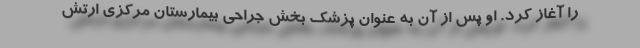
را آغاز کرد. او پس از آن به عنوان پزشک بخش جراحی بیمارستان مرکزی ارتش